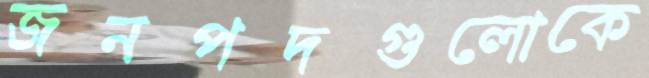
জনপদগুলোকে